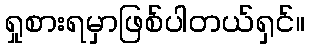
ရှုစားရမှာဖြစ်ပါတယ်ရှင်။